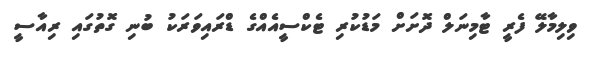
ވިލިމާލޭ ފެރީ ޓާމިނަލް ދޮށަށް މަޑުކުރި ޓެކްސީއެއްގެ ޑްރައިވަރަކު ބުނި ގޮތުގައި ރިއާސީ